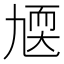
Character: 㐡